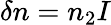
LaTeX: \delta n=n_{2}I